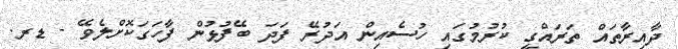
ދާއިރާތައް ތަރައްގީ ކުރުމުގައި ހުސެއިން އަދުރޭ ފަދަ ބޭފުޅުން ފާހަގަކޮށްލެވޭ - ޑރ.